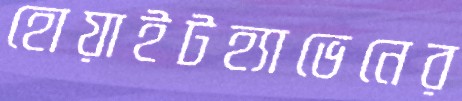
হোয়াইটহ্যাভেনের